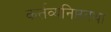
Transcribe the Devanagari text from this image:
कर्त्तव्यनिष्ठतथा